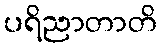
ပရိညာတာတိ